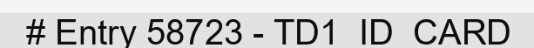
# Entry 58723 - TD1_ID_CARD